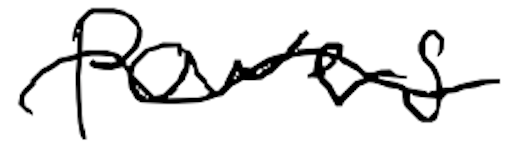
Text: powers
Cross-out: wave
Writing tool: digital_black